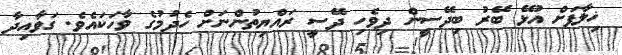
ޚިލާފަށް އުޅޭ ބޭރު ބިދޭސީން ދިވެހި ދޭސީ ރައްޔިތުންނަށް ހެދުމުގެ ވާހަކައެވެ. ގަވާއިދާ